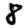
Digit: 8